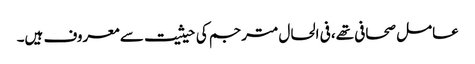
عامل صحافی تھے، فی الحال مترجم کی حیثیت سے معروف ہیں۔